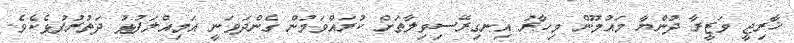
ޚާރިޖީ ވަޒީރާ ދުންޔާ މައުމޫން މިހާރު އިނގިރޭސިވިލާތަށް ކުރައްވަމުން ގެންދަވަނީ އަމިއްލަފުޅު ދަތުރުފުޅެކެވެ.